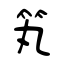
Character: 笂